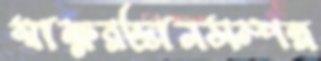
স্বাক্ষরজ্ঞানসম্পন্ন